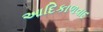
આદિકાળવાદ